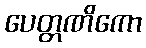
ပေတ္တဏိကော